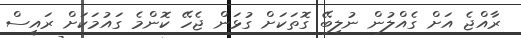
ރާއްޖެ އަށް ގެއްލުން ނުލިބޭ ގޮތަކަށް ގުޅަން ޖެހޭ ކޮންމެ ގައުމަކަށް ރައީސް